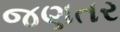
જણતર